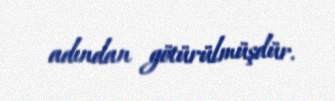
adından götürülmüşdür.